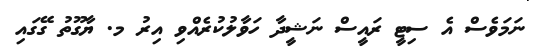
ނަމަވެސް އެ ސިޓީ ރައީސް ނަޝީދާ ހަވާލުކުރެއްވި އިރު މ. ޔާގޫތު ގޭގައި